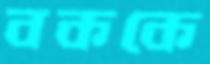
বককে